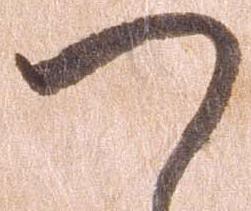
つ